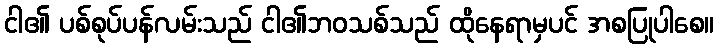
ငါ၏ ပစ်စုပ်ပန်လမ်းသည် ငါ၏ဘဝသစ်သည် ထိုနေရာမှပင် အစပြုပါစေ။